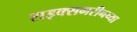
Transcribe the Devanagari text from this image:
राइक्समरीनच्या